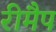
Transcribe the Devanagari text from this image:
रीमैप